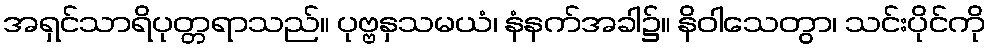
အရှင်သာရိပုတ္တရာသည်။ ပုဗ္ဗနှသမယံ၊ နံနက်အခါ၌။ နိဝါသေတွာ၊ သင်းပိုင်ကို